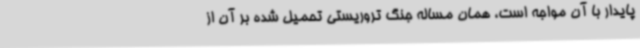
پایدار با آن مواجه است، همان مساله جنگ تروریستی تحمیل شده بر آن از